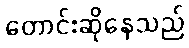
တောင်းဆိုနေသည်